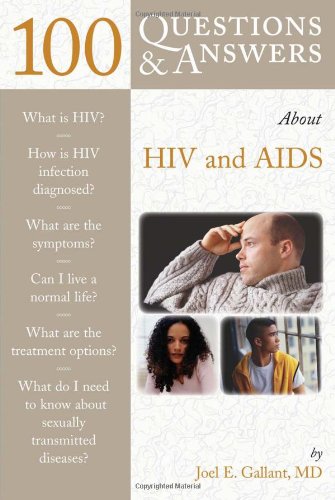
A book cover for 100 Questions and Answers About HIV and AIDS; Joel Gallant; Health, Fitness & Dieting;